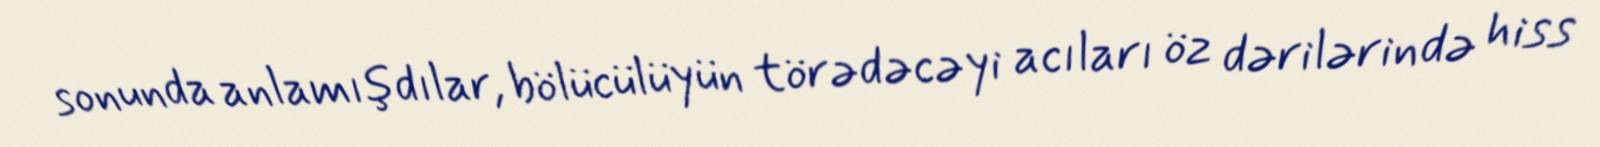
sonunda anlamışdılar, bölücülüyün törədəcəyi acıları öz dərilərində hiss